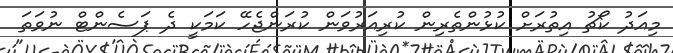
މިއަދު ކޯޗު އިތުރަށް ކުޅުންތެރިން ކުރިއަރުވަން ކުރަންޖެހޭ ކަމަކީ ދެ ޕަސެންޓް ނުވަތަ